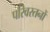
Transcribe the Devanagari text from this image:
परिवरतनों